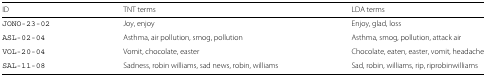
| ID | TNT terms | LDA terms |
 | --- | --- | --- |
 | JONO-23-02 | Joy, enjoy | Enjoy, glad, loss |
 | ASL-02-04 | Asthma, air pollution, smog, pollution | Asthma, smog, pollution, attack air |
 | VOL-20-04 | Vomit, chocolate, easter | Chocolate, eaten, easter, vomit, headache |
 | SAL-11-08 | Sadness, robin williams, sad news, robin, williams | Sad, robin, williams, rip, riprobinwilliams |